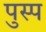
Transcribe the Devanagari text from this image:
पुस्प